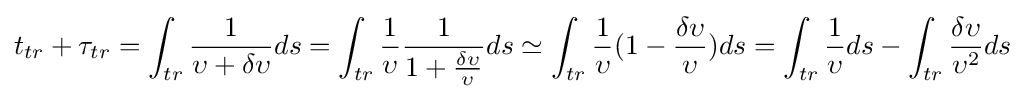
t_{tr}+\tau _{tr}=\int _{tr}^{}{\frac {1}{\upsilon +\delta \upsilon }}ds=\int _{tr}^{}{\frac {1}{\upsilon }}{\frac {1}{1+{\frac {\delta \upsilon }{\upsilon }}}}ds\simeq \int _{tr}^{}{\frac {1}{\upsilon }}(1-{\frac {\delta \upsilon }{\upsilon }})ds=\int _{tr}^{}{\frac {1}{\upsilon }}ds-\int _{tr}^{}{\frac {\delta \upsilon }{\upsilon ^{2}}}ds